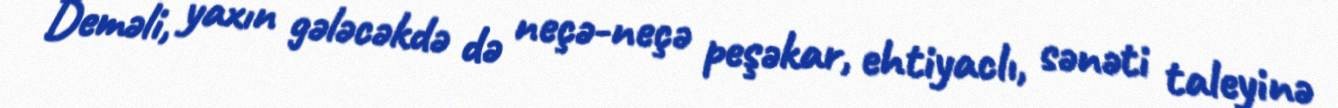
Deməli, yaxın gələcəkdə də neçə-neçə peşəkar, ehtiyaclı, sənəti taleyinə